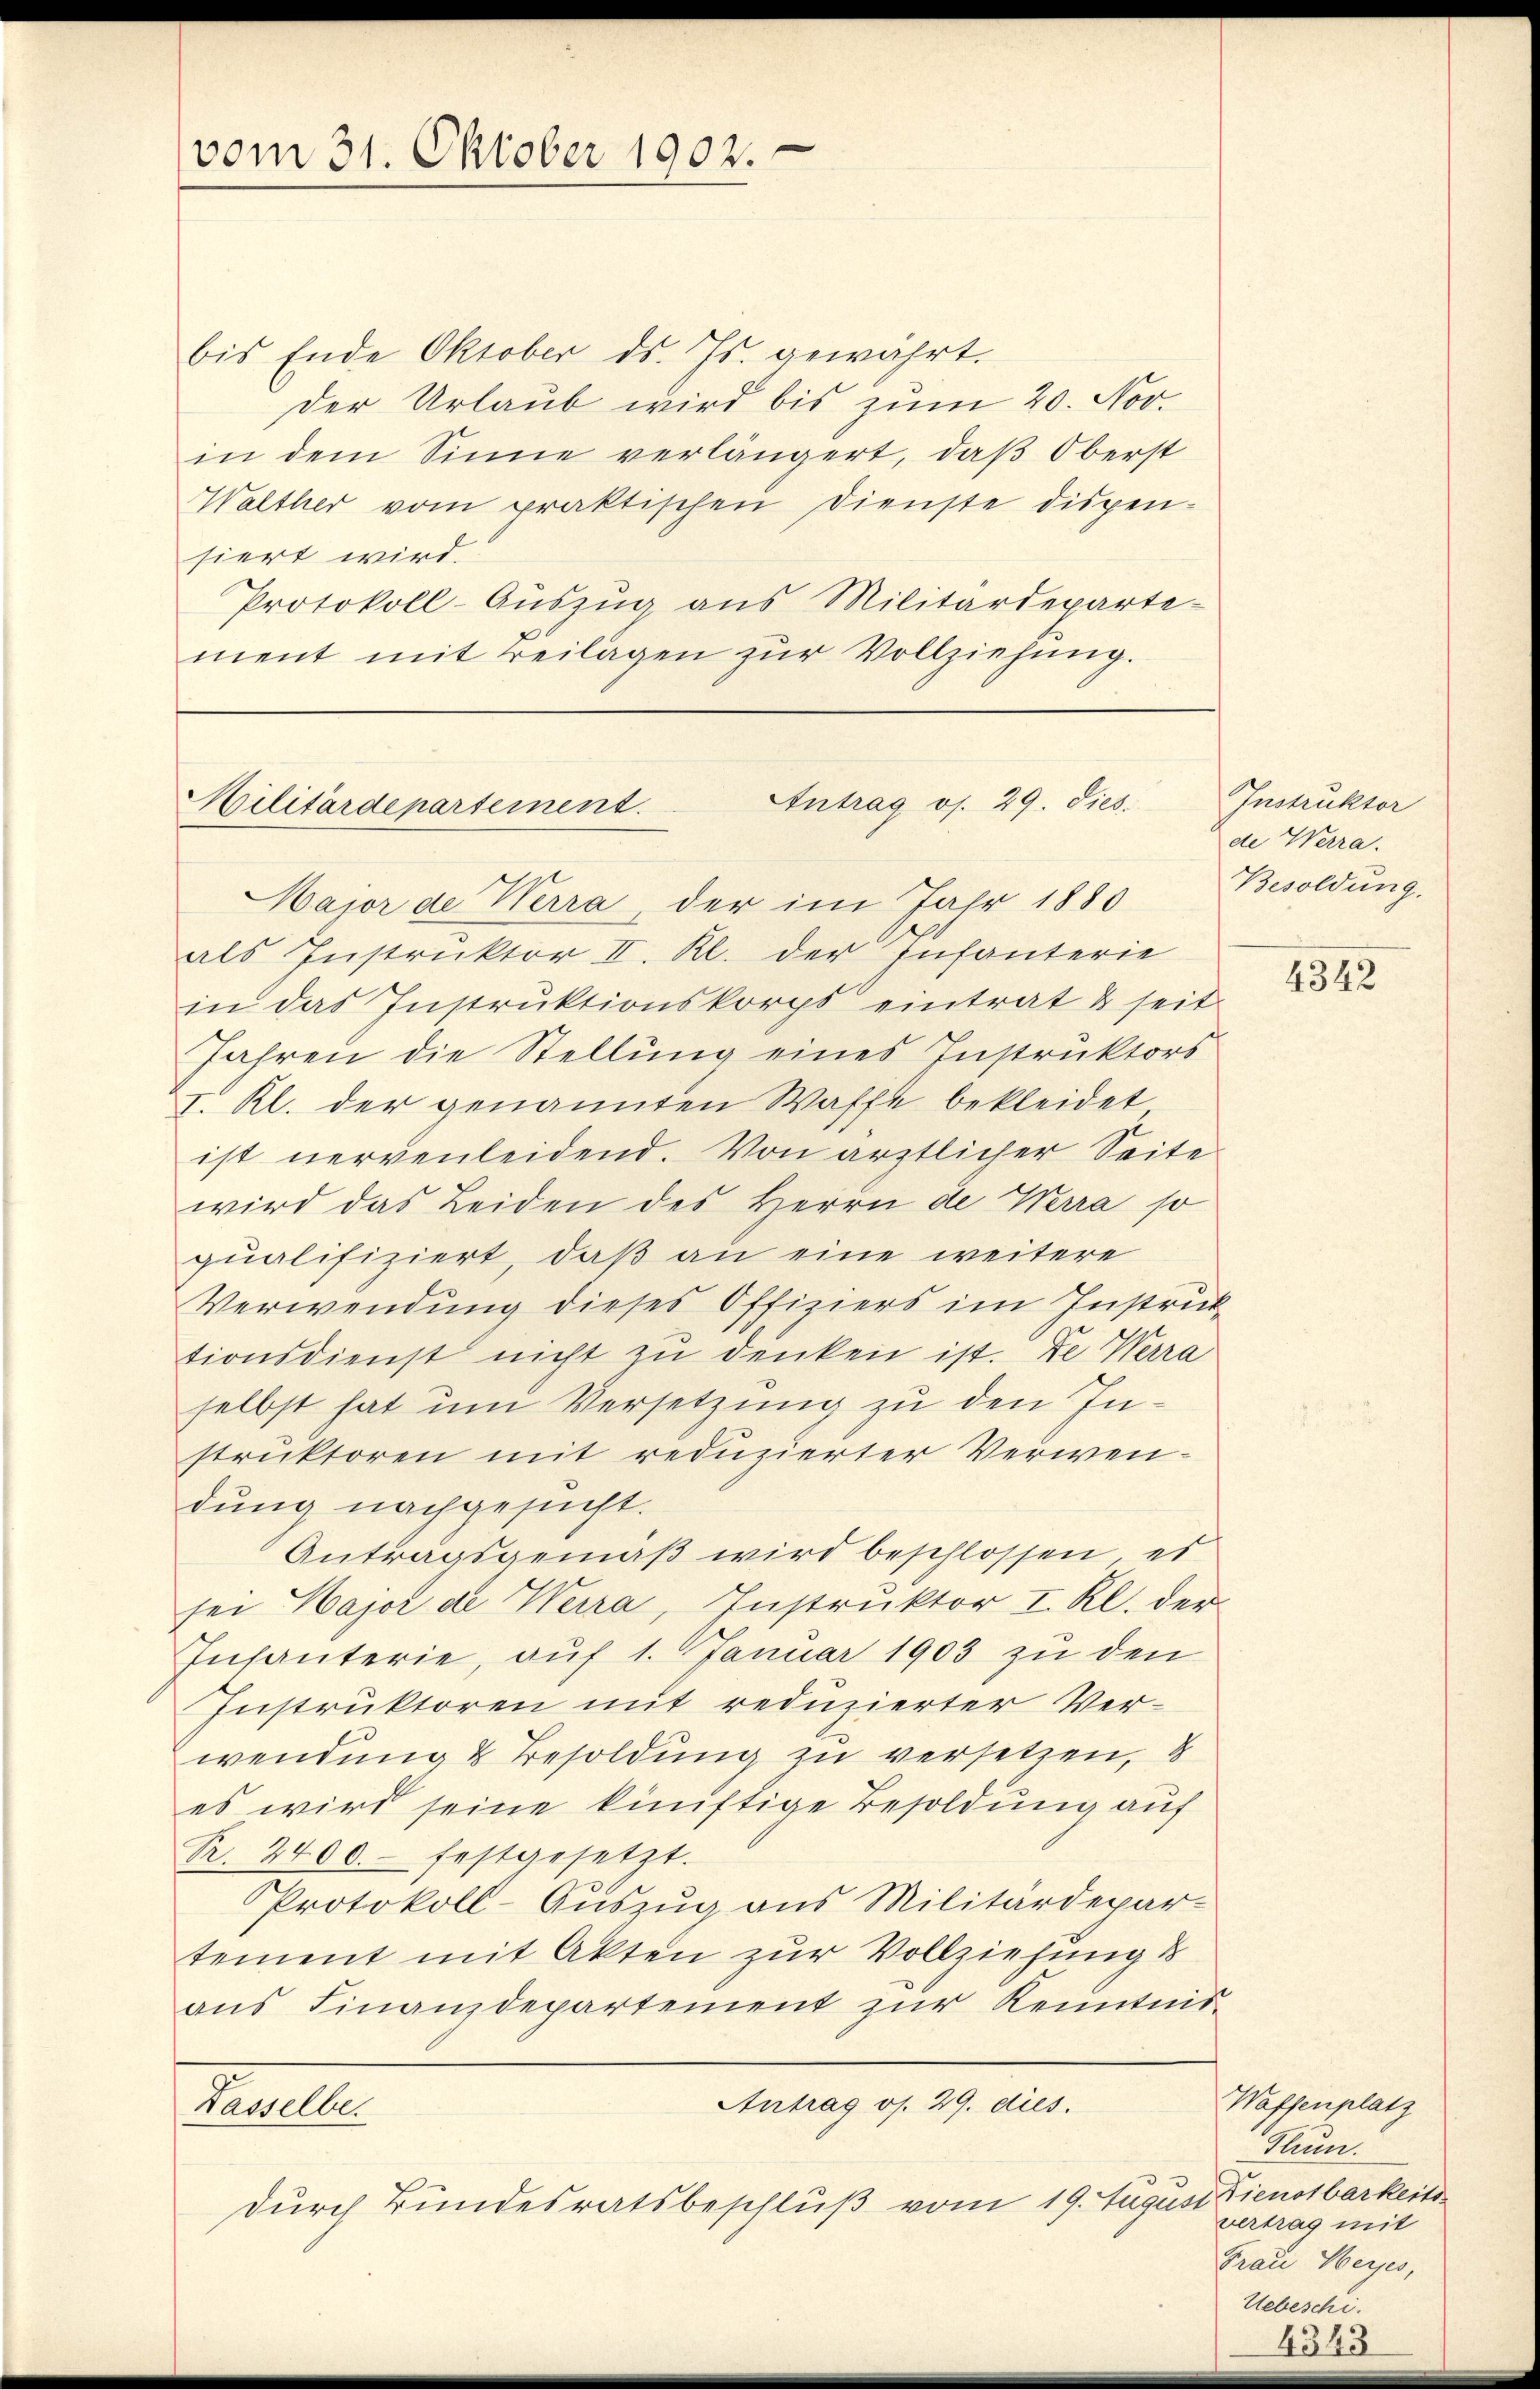
vom 31. Oktober 1902.

bis Ende Oktober ds. Js. gewährt.
Der Urlaub wird bis zum 20. Nov.
in dem Sinne verlängert, daß Oberst
Walther vom praktischen Dienste dispen-
siert wird.
Protokoll-Aŭszŭg aŭs Militärdeparte-
ment mit Beilagen zŭr Vollziehŭng.

Antrag os. 29. dies.
Militärdepartement

Major de Werra, der im Jahr 1880
als Instruktor II. Kl. der Infanterie
in das Instrŭktionskorps eintrat & seit
Jahren die Stellung eines Instruktors
I. Kl. der genannten Waffe bekleidet
ist nervenleidend. Von ärztlicher Seite
wird das Leiden des Herrn de Werra so
qualifiziert, daß an eine weitere
Verwendung dieses Offiziers im Instruktionsdienst nicht zu denken ist. De Werra
selbst hat und Versetzung zu den Instruktoren mit reduzierter Verwendung nachgesucht.
Antragsgemäß wird beschlossen, es
sei Hajor de Werra, Instruktor I. Kl. der
Infanterie, auf 1. Januar 1903 zu den
Instruktoren mit reduzierter Verwendung & Besoldung zu versetzen,
es wird seine künftige Besoldung auf
R. 2400. festgesetzt.
Protokoll-Auszug aus Militärdepar-
tement mit Akten zur Vollziehung d
ans Finanzdepartement zur Kenntnis¬
Antrag os. 29. dies
Kasselbe.
durch Bundesratsbeschluß vom 19. August Dienstbarkeit

Instruktor
de Werra
Besoldung.

4342

Waffenplatz
Hauer.
vertrag mit
Frau Weises,
Uebeschi.
4343